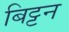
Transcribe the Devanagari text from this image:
बिट्टन